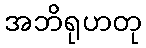
အဘိရုဟတု